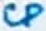
Text: CP